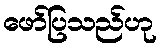
ဖော်ပြသည်ဟု